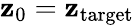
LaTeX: \mathbf{z}_{0}=\mathbf{z}_{\mathrm{{target}}}